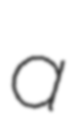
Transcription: a